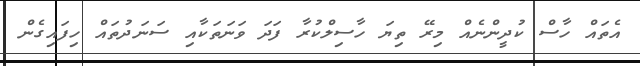
އެތައް ހާސް ކުދީންނެއް މިރޭ ތިޔަ ހާސިލްކުރާ ފަދަ ވަނަތަކާއި ސަނަދުތައް ހިފައިގެން